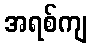
အရစ်ကျ